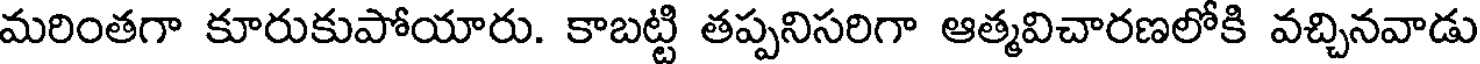
మరింతగా కూరుకుపోయారు. కాబట్టి తప్పనిసరిగా ఆత్మవిచారణలోకి వచ్చినవాడు